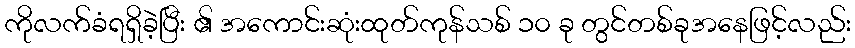
ကိုလက်ခံရရှိခဲ့ပြီး ၏ အကောင်းဆုံးထုတ်ကုန်သစ် ၁၀ ခု တွင်တစ်ခုအနေဖြင့်လည်း